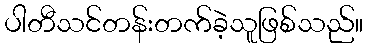
ပါတီသင်တန်းတက်ခဲ့သူဖြစ်သည်။